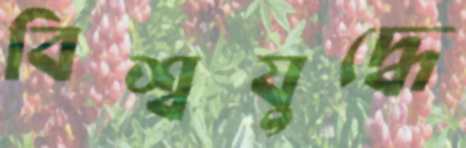
বিশ্বযুদ্ধে